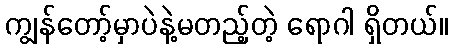
ကျွန်တော့်မှာပဲနဲ့မတည့်တဲ့ ရောဂါ ရှိတယ်။